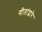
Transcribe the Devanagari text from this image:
गीतांद्वारे